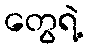
တွေရဲ့